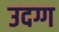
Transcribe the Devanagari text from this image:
उदग्ग